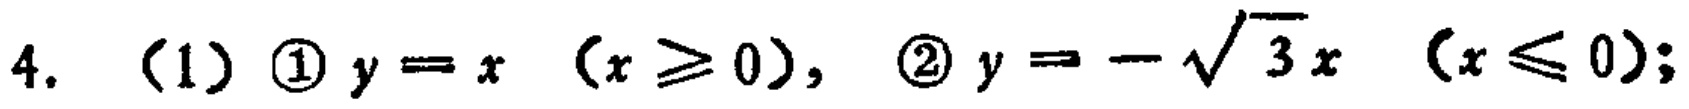
4. （1）\textcircled{1} \(y = x\ (x\geq0)\)，\textcircled{2} \(y = -\sqrt{3}x\ (x\leq0)\)；